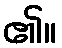
၏။